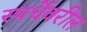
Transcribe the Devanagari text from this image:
स्पर्धेवरील